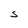
Character: S